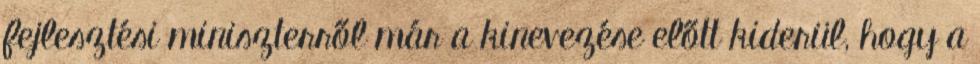
fejlesztési miniszterről már a kinevezése előtt kiderül, hogy a